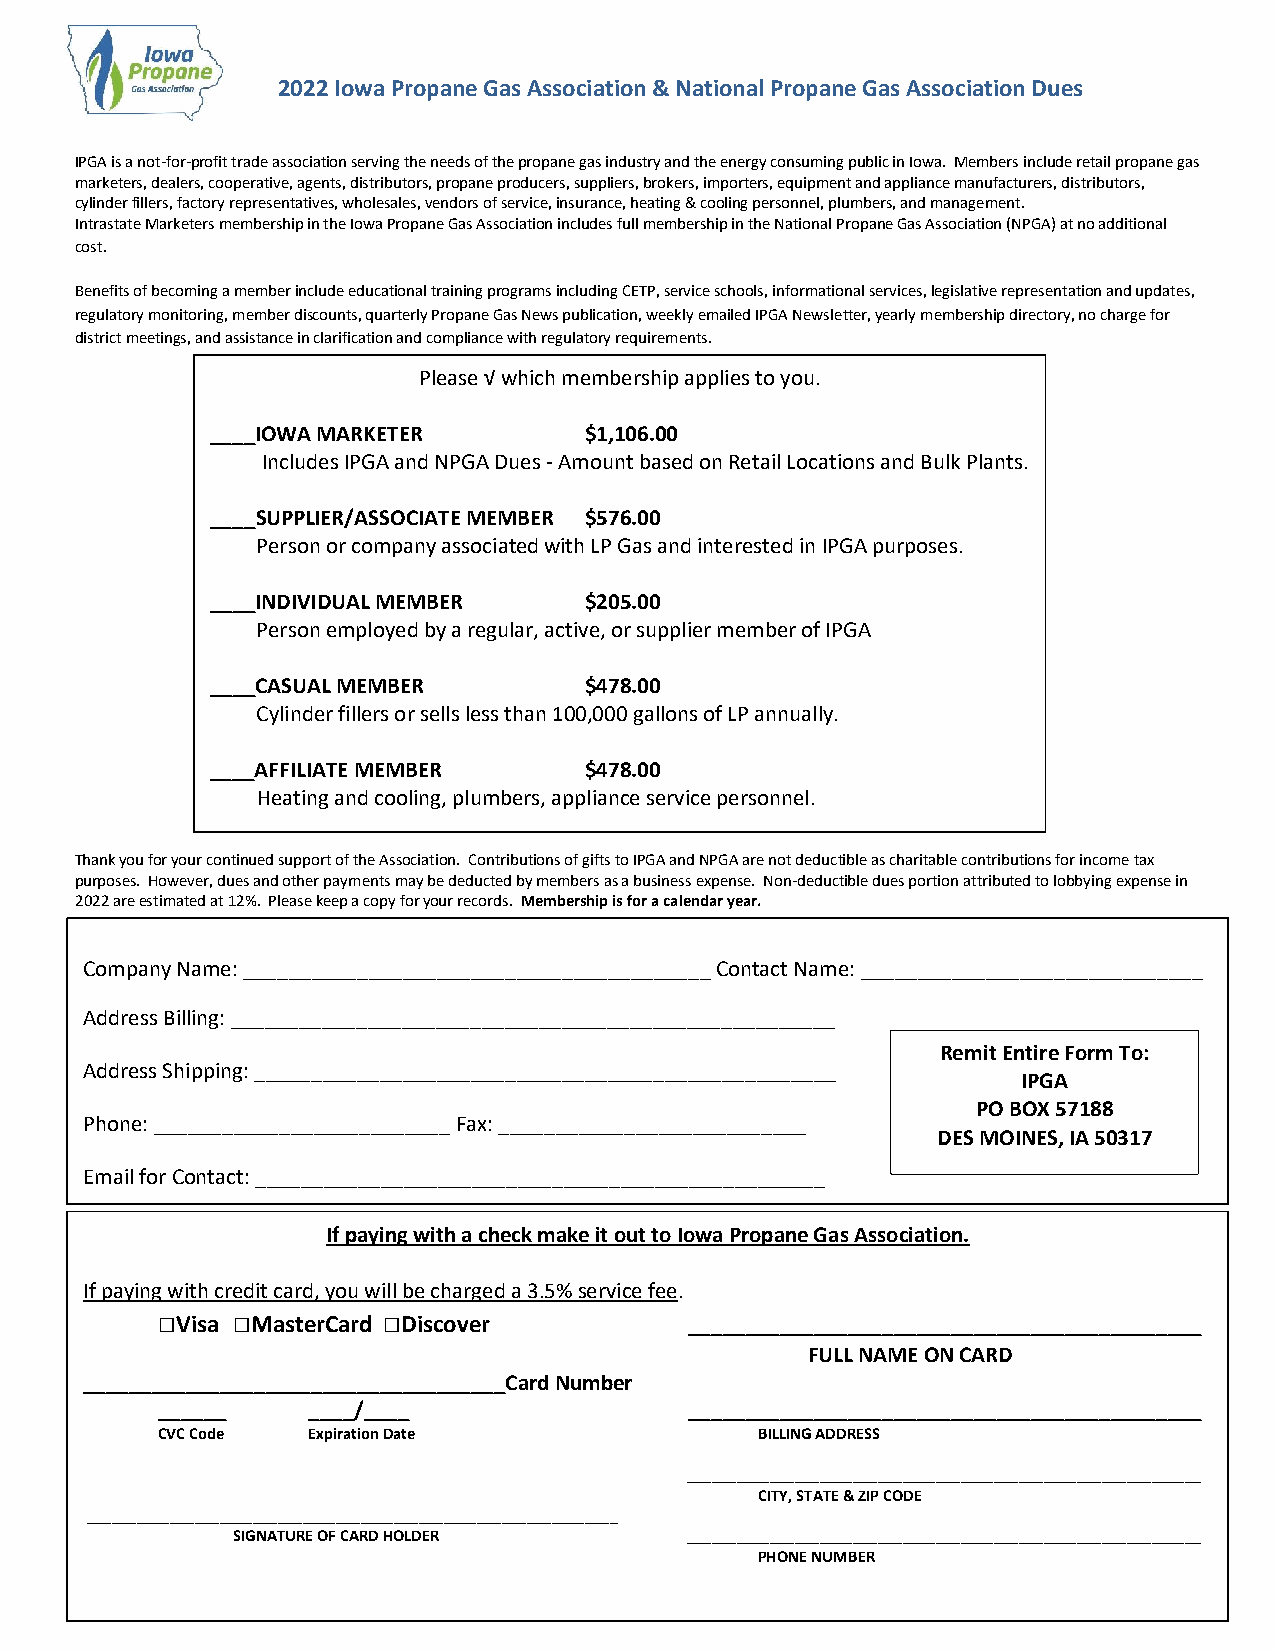
2022 Iowa Propane Gas Association & National Propane Gas Association Dues
 IPGA is a not-for-profit trade association serving the needs of the propane gas industry and the energy consuming public in Iowa. Members include retail propane gas
 marketers, dealers, cooperative, agents, distributors, propane producers, suppliers, brokers, importers, equipment and appliance manufacturers, distributors,
 cylinder fillers, factory representatives, wholesales, vendors of service, insurance, heating & cooling personnel, plumbers, and management.
 Intrastate Marketers membership in the Iowa Propane Gas Association includes full membership in the National Propane Gas Association (NPGA) at no additional
 cost.
 Benefits of becoming a member include educational training programs including CETP, service schools, informational services, legislative representation and updates,
 regulatory monitoring, member discounts, quarterly Propane Gas News publication, weekly emailed IPGA Newsletter, yearly membership directory, no charge for
 district meetings, and assistance in clarification and compliance with regulatory requirements.
 Please √ which membership applies to you.
 ____IOWA MARKETER        $1,106.00
 Includes IPGA and NPGA Dues - Amount based on Retail Locations and Bulk Plants.
 ____SUPPLIER/ASSOCIATE MEMBER $576.00
 Person or company associated with LP Gas and interested in IPGA purposes.
 ____INDIVIDUAL MEMBER    $205.00
 Person employed by a regular, active, or supplier member of IPGA
 ____CASUAL MEMBER        $478.00
 Cylinder fillers or sells less than 100,000 gallons of LP annually.
 ____AFFILIATE MEMBER     $478.0 0
 Heating and cooling, plumbers, appliance service personnel.
 Thank you for your continued support of the Association. Contributions of gifts to IPGA and NPGA are not deductible as charitable contributions for income tax
 purposes. However , dues and o ther paym ents may be deducted by members as a business expense. Non-deductible dues portion attributed to lobbying expense in
 2022 are estimated at 12%. Please keep a copy for your records. Membership is for a calendar year.
 Company Name: _________________________________________ Contact Name: ______________________________
 Address Billing: _____________________________________________________
 Remit Entire Form To:
 Address Shipping: ___________________________________________________
 IPGA
 PO BOX 57188
 Phone: __________________________ Fax: ___________________________
 DES MOINES, IA 50317
 Email for Contact: __________________________________________________
 If paying with a check make it out to Iowa Propane Gas Association.
 If paying with credit card, you will be charged a 3.5% service fee.
 □Visa □MasterCard □Discover         _____________________________________________
 FULL NAME ON CARD
 _____________________________________Card Number
 ______    ____/____                 _____________________________________________
 CVC Code  Expiration Date               BILLING ADDRESS
 ______________________________________________________________
 CITY, STATE & ZIP CODE
 ________________________________________________________________
 SIGNATURE OF CARD HOLDER      ______________________________________________________________
 PHONE NUMBER